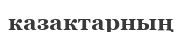
казактарның